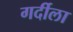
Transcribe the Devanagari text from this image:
गर्दीला